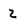
Character: 2